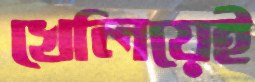
খেলিয়েই